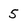
Character: 5